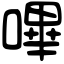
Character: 嗶